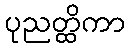
ပုညတ္ထိကာ